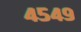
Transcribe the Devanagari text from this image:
४५४९